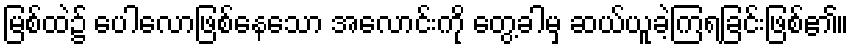
မြစ်ထဲ၌ ပေါလောဖြစ်နေသော အလောင်းကို တွေ့ခါမှ ဆယ်ယူခဲ့ကြရခြင်းဖြစ်၏။